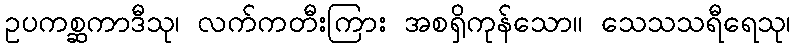
ဥပကစ္ဆကာဒီသု၊ လက်ကတီးကြား အစရှိကုန်သော။ သေသသရီရေသု၊